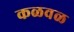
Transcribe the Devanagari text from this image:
कळवळ